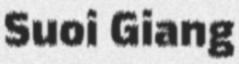
Suoi Giang